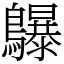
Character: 鸔